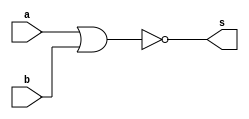
// --------------------------
// Exemplo0007 - NOR
// Nome: Isabel Bicalho Amaro
// --------------------------
 
 
// --------------------------
// -- nor gate
// --------------------------
  module norgate(output s, input a,b);
    assign s=~(a|b);
  endmodule // norgate
   

// --------------------------
// -- test nor gate
// --------------------------
  module testnorgate;


// -------------------------- dados locais
  reg  a,b; // definir registrador
  wire s;   // definir conexao(fio)


// -------------------------- instancia
  norgate NOR1(s,a,b);


// -------------------------- preparacao
  initial begin:start
        a=0;
		  b=0;
  end
  
  
// -------------------------- parte principal
  initial begin:main
        $display("Exemplo0007 - Isabel Bicalho Amaro - 451580");
        $display("Test nor gate");
        $display("\na  ~(a|b)  b  =  s\n");
		  $monitor("%b  ~(a|b)  %b  =  %b",a,b,s);
  #1 a=0; b=0;              
  #1 a=0; b=1;
  #1 a=1; b=0;
  #1 a=1; b=1;
  end
  
endmodule // testnorgate

 // -------------------
 // -- Testes
 // -------------------
 
// --   Exemplo0001 - Isabel Bicalho Amaro - 451580
// --   Test buffer:
// --  	    time	      a = s
// --                0	x = x
// --                1	1 = 1
// --                3	0 = 0


// --   Exemplo0002 - Isabel Bicalho Amaro - 451580
// --   Test NOT gate
// --       
// --   ~a = s
// --      
// --   ~0 = 1
// --   ~1 = 0


// --   Exemplo0003 - Isabel Bicalho Amaro
// --   Test AND gate
// --    
// --   a & b = s
// --     
// --   0 & 0 = 0
// --   0 & 1 = 0
// --   1 & 0 = 0
// --   1 & 1 = 1


// --   Exemplo0004 - Isabel Bicalho Amaro
// --   Test OR gate
// --     
// --   a | b = s
// --     
// --   0 | 0 = 0
// --   0 | 1 = 1
// --   1 | 0 = 1
// --   1 | 1 = 1
 
 
// --   Exemplo0005 - Isabel Bicalho Amaro - 451580
// --   Test xor gate
// --     
// --    a  ^  b  =  s
// --     
// --    0011  ^  0101  = 0110
// --    0000  ^  0000  = 0000
// --    0010  ^  0001  = 0011
// --    0001  ^  0011  = 0010
// --    0101  ^  0010  = 0111
// --    1010  ^  0011  = 1001
// --    1001  ^  0011  = 1010


// --    Exemplo0006 - Isabel Bicalho Amaro - 451580
// --    Test nand gate
// --    
// --    a  ~(a&b)  b  =  s
// --    
// --    0  ~(a&b)  0  =  1
// --    0  ~(a&b)  1  =  1
// --    1  ~(a&b)  0  =  1
// --    1  ~(a&b)  1  =  0


// --    Exemplo0007 - Isabel Bicalho Amaro - 451580
// --    Test nor gate
// --    
// --    a  ~(a|b)  b  =  s
// --    
// --    0  ~(a|b)  0  =  1
// --    0  ~(a|b)  1  =  0
// --    1  ~(a|b)  0  =  0
// --    1  ~(a|b)  1  =  0